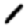
Digit: 1